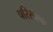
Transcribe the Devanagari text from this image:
परिसरक